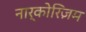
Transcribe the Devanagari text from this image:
नार्कोरिज़म